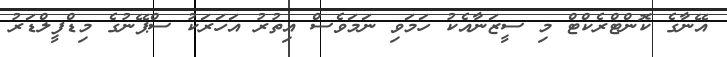
އޭނާގެ ކޮންޓްރެކްޓް މި ސީޒަނާއެކު ހަމަވި ނަމަވެސް އިތުރު އަހަރަކު ސްޕޭނުގެ މިޑްފީލްޑަރު